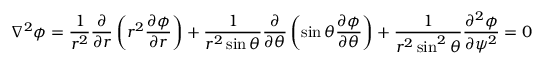
\nabla ^ { 2 } \phi = \frac { 1 } { r ^ { 2 } } \frac { \partial } { \partial r } \left( r ^ { 2 } \frac { \partial \phi } { \partial r } \right) + \frac { 1 } { r ^ { 2 } \sin \theta } \frac { \partial } { \partial \theta } \left( \sin \theta \frac { \partial \phi } { \partial \theta } \right) + \frac { 1 } { r ^ { 2 } \sin ^ { 2 } \theta } \frac { \partial ^ { 2 } \phi } { \partial \psi ^ { 2 } } = 0